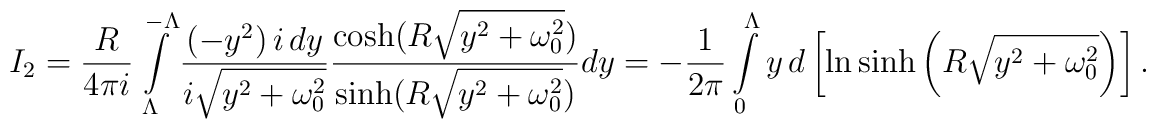
I_2=\frac{R}{4\pi i}\int\limits_{\Lambda}^{-\Lambda}\frac{(-y^2)\,i\, dy}{i\sqrt{y^2+\omega_0^2}}\frac{\cosh(R\sqrt{y^2+\omega^2_0})}{\sinh(R\sqrt{y^2+\omega^2_0})}dy=-\frac{1}{2\pi}\int\limits_{0}^{\Lambda}y\, d\left[\ln\sinh\left(R\sqrt{y^2+\omega_0^2}\right)\right].